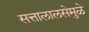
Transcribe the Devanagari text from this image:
सत्तालालसेमुळे